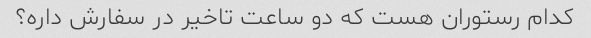
کدام رستوران هست که دو ساعت تاخیر در سفارش داره؟